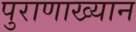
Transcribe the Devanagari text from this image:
पुराणाख्यान